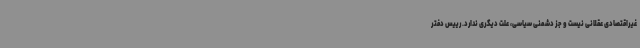
غیراقتصادی عقلانی نیست و جز دشمنی سیاسی، علت دیگری ندارد. رییس دفتر